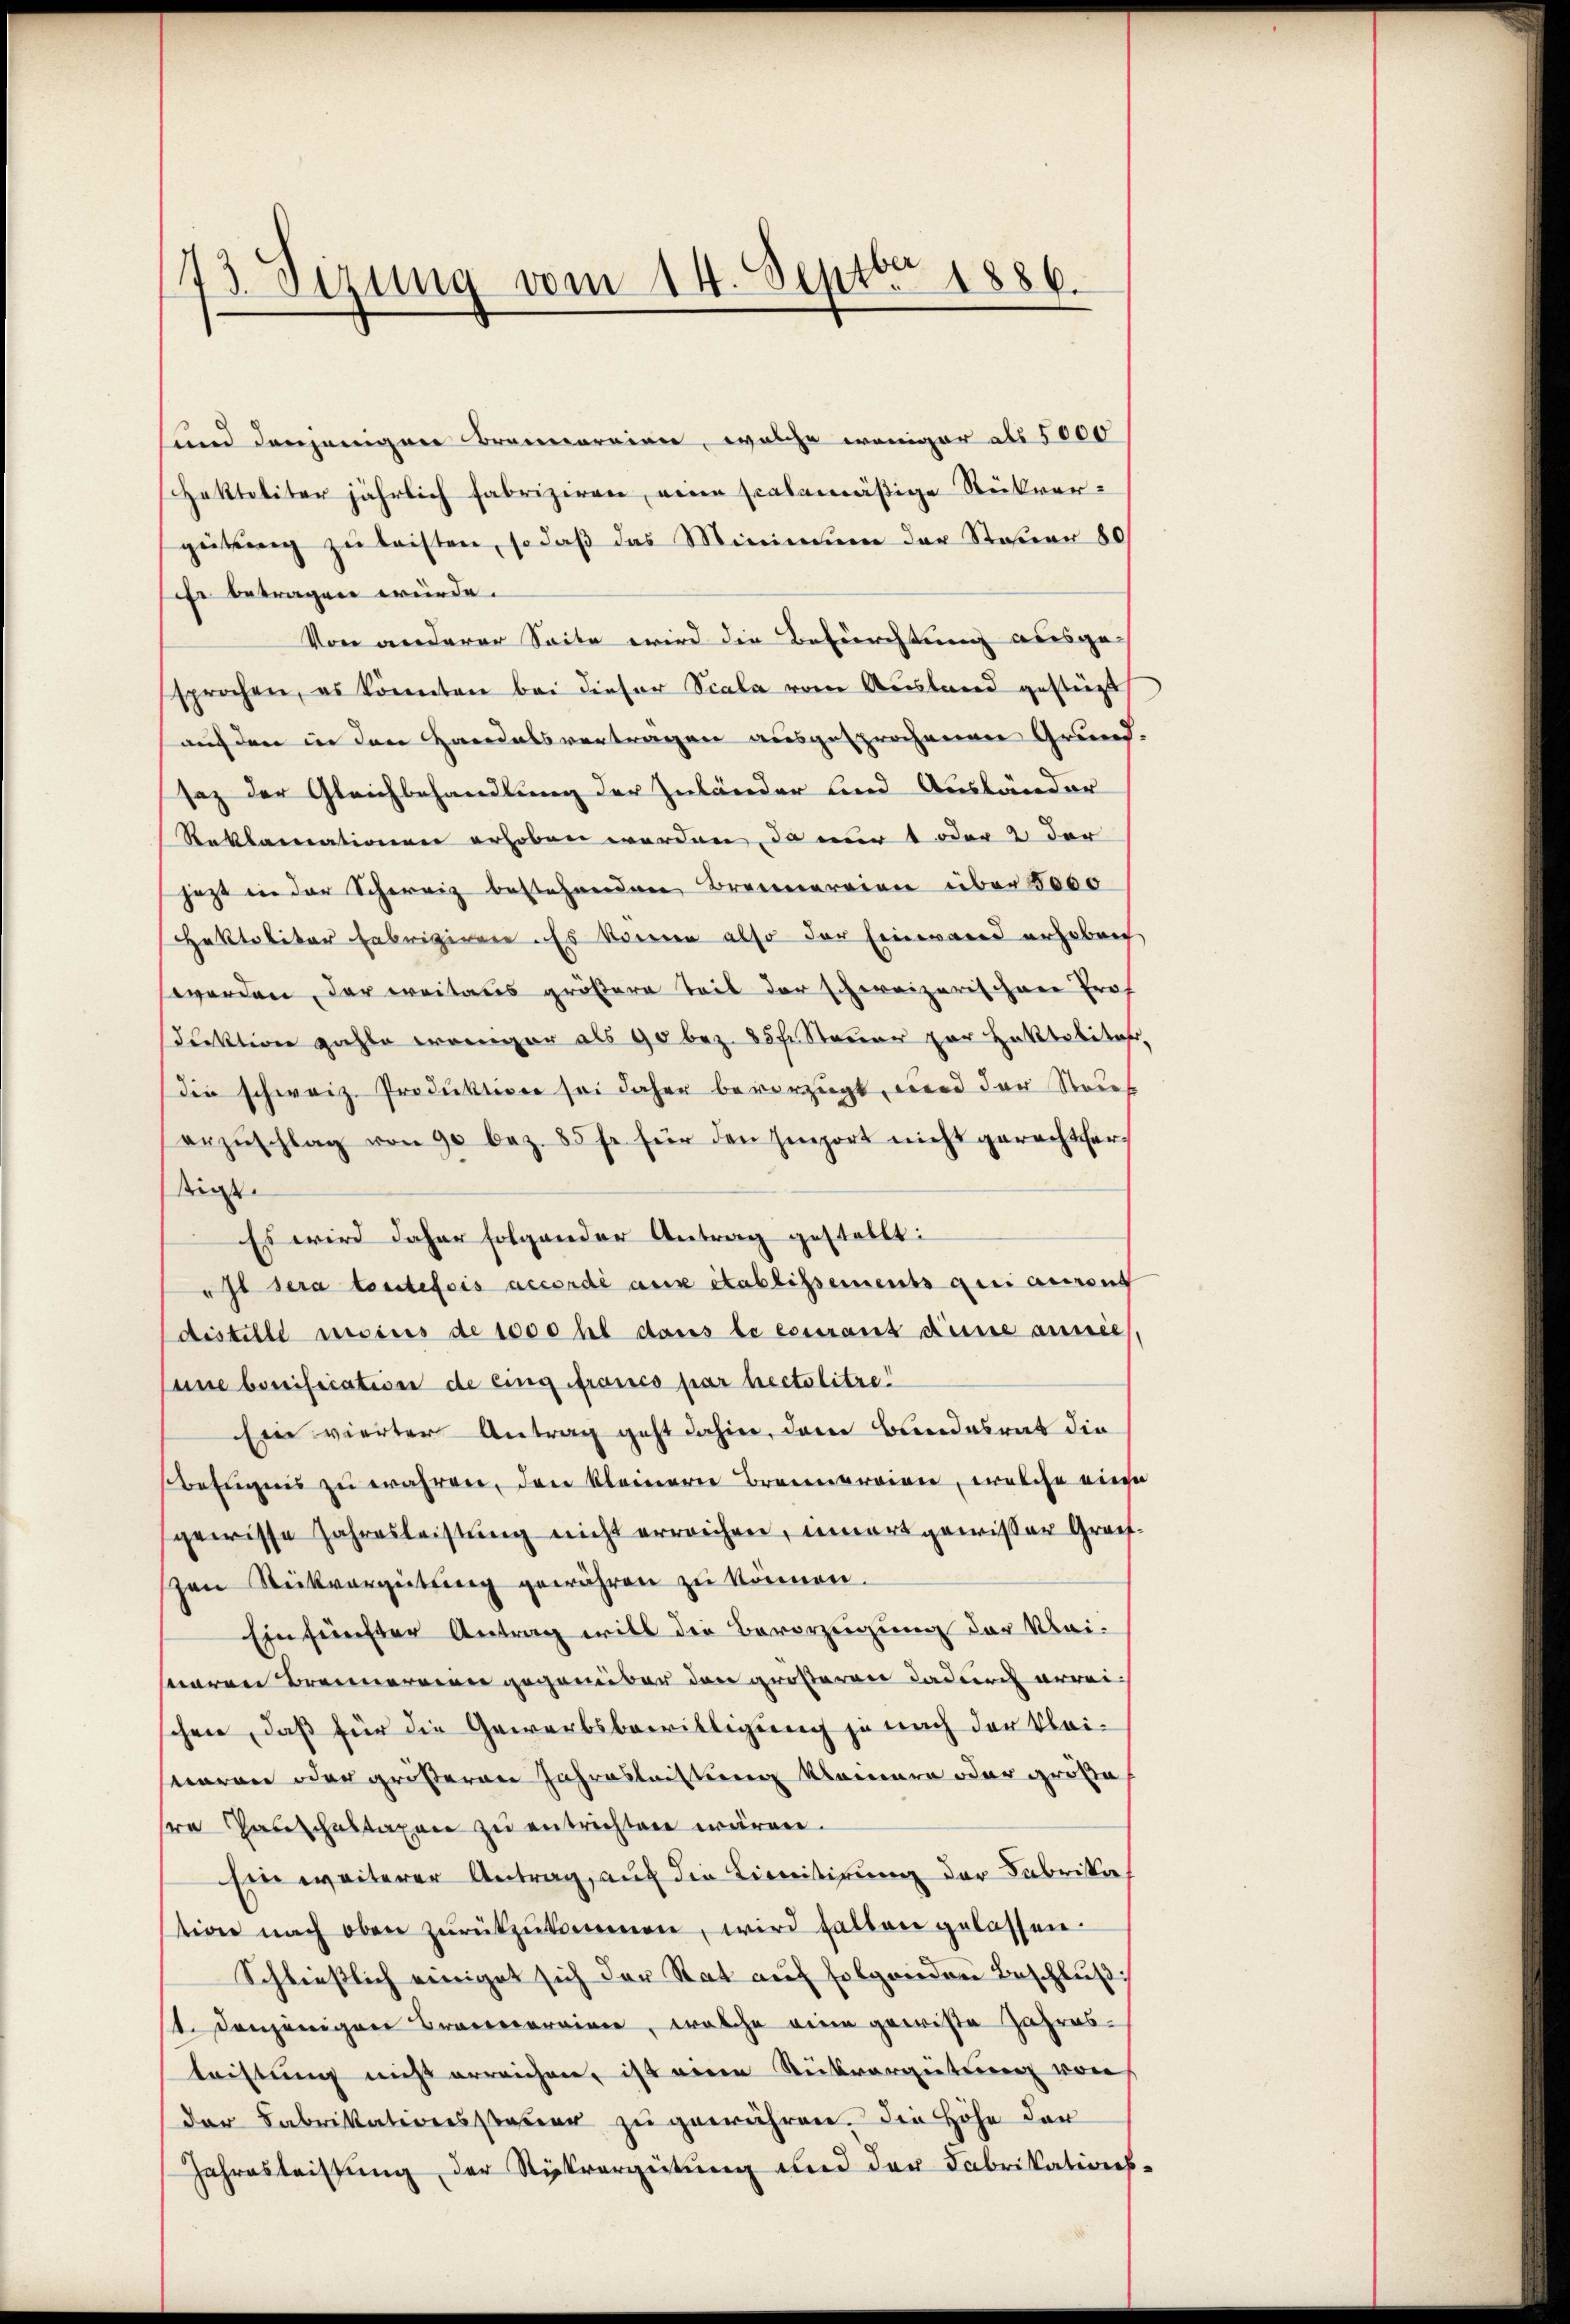
73 Sizung vom 14. Septbr. 1886.

sund denjenigen Brennereien, welche weniger als 5000
Haktaliter jährlich fabriziren, meine scalamäßige Stückvergeitung zu leisten, so daß das Minimum der Steuer 80
he betragen würde.
Von anderer Seite wird die Befürchtung ausge-
sprochen, es könnten bei dieser Scala vom Ausland gestüzt
auf den in den Handelsvertragen ausgesprochenen Grund-
saz der Gleichbehandlung der Zuländer und Ausländer
Reklamationen erhoben werden, da nur t oder 2 der
jezt in der Schweiz bestehenden Brennereien über 2000
Haktalitar Fabriziere. Es können also der Einwand erhoben
worden, der weitaus größere Teil der schweizerischen Prof.
drektion zahle weniger als 90 bez. 35 fr. Steuer zur Haketabita,
die schweiz. Produktion sei daher bevorzŭgt, und der Stauf
erzŭschlag von 90 bez. 85 fr. für den Emport nicht gerechtserstigt
Es wird daher folgender Antrag gestellt:
Jt sera toutefois accordé aux établissements qui auront
distille moins de 1000 fl dans le courant Kune annie,
uine bonification de ling francs par hectolitre!
Ein vierter Antrag geht dahin, dem Bundesrat die
befugnis zŭ währen, den kleinern Brennereien, welche eine
gewisse Jahresleistung nicht erreichen, innert gewisser Greifzen Stückvergütŭng gewähren zu können.
Ein fünfter Antrag will die Bevorzeigung der Kleisaren Brennereiner gegenüber den größeren dadurch erreichen, daß für die Gewerbsbewilligung je nach der Kleiswaren oder größeren Jahresleistung kleinern oder größe
sre Gautsaltaxen zu entrichten wären.
sen weiterer Antrag, auch die Licitirung der Fabrika
stion nach oben zŭrückzŭkommen, wird halten gelassen.
Schließlich einiget sich der Rat auf folgenden Beschlŭβ:
t. denjenigen Bracecoraine, welche eine gewiße Jahres-
leistung nicht erreichen, ist eine Rückvergütung von
der Fabrikationssteuer zu gewähren. Die Höhe der
Jahresleistung der Rückvergütung und der Fabrikations-